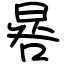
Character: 晷